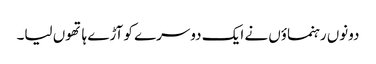
دونوں رہنماؤں نے ایک دوسرے کو آڑے ہاتھوں لیا۔